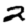
Digit: 2